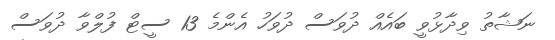
ނަޝާތު ވިދާޅުވީ ބައެއް ދުވަސް ދުވަހު އެންމެ 13 ސީޓް ފުލްވާ ދުވަސް